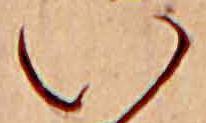
い